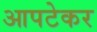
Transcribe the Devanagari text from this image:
आपटेकर